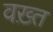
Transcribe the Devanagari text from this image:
वख़्त